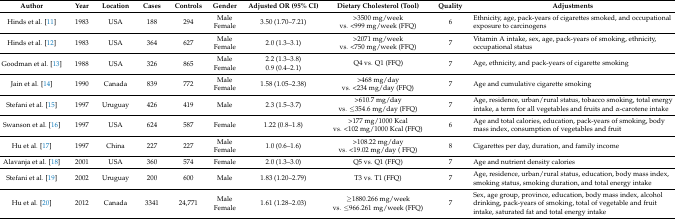
<table><thead><tr><td><b>Author</b></td><td><b>Year</b></td><td><b>Location</b></td><td><b>Cases</b></td><td><b>Controls</b></td><td><b>Gender</b></td><td><b>Adjusted OR (95% CI)</b></td><td><b>Dietary Cholesterol (Tool)</b></td><td><b>Quality</b></td><td><b>Adjustments</b></td></tr></thead><tbody><tr><td>Hinds et al. [11]</td><td>1983</td><td>USA</td><td>188</td><td>294</td><td>MaleFemale</td><td>3.50 (1.70–7.21)</td><td>&gt;3500 mg/weekvs. &lt;999 mg/week (FFQ)</td><td>6</td><td>Ethnicity, age, pack-years of cigarettes smoked, and occupational exposure to carcinogens</td></tr><tr><td>Hinds et al. [12]</td><td>1983</td><td>USA</td><td>364</td><td>627</td><td>MaleFemale</td><td>2.0 (1.3–3.1)</td><td>&gt;2071 mg/weekvs. &lt;750 mg/week (FFQ)</td><td>7</td><td>Vitamin A intake, sex, age, pack-years of smoking, ethnicity, occupational status</td></tr><tr><td rowspan="2">Goodman et al. [13]</td><td rowspan="2">1988</td><td rowspan="2">USA</td><td rowspan="2">326</td><td rowspan="2">865</td><td>Male</td><td>2.2 (1.3–3.8)</td><td rowspan="2">Q4 vs. Q1 (FFQ)</td><td rowspan="2">7</td><td rowspan="2">Age, ethnicity, and pack-years of cigarette smoking</td></tr><tr><td>Female</td><td>0.9 (0.4–2.1)</td></tr><tr><td>Jain et al. [14]</td><td>1990</td><td>Canada</td><td>839</td><td>772</td><td>MaleFemale</td><td>1.58 (1.05–2.38)</td><td>&gt;468 mg/dayvs. &lt;234 mg/day (FFQ)</td><td>7</td><td>Age and cumulative cigarette smoking</td></tr><tr><td>Stefani et al. [15]</td><td>1997</td><td>Uruguay</td><td>426</td><td>419</td><td>Male</td><td>2.3 (1.5–3.7)</td><td>&gt;610.7 mg/dayvs. ≤354.6 mg/day (FFQ)</td><td>7</td><td>Age, residence, urban/rural status, tobacco smoking, total energy intake, a term for all vegetables and fruits and α-carotene intake</td></tr><tr><td>Swanson et al. [16]</td><td>1997</td><td>USA</td><td>624</td><td>587</td><td>Female</td><td>1.22 (0.8–1.8)</td><td>&gt;177 mg/1000 Kcalvs. &lt;102 mg/1000 Kcal (FFQ)</td><td>6</td><td>Age and total calories, education, pack-years of smoking, body mass index, consumption of vegetables and fruit</td></tr><tr><td>Hu et al. [17]</td><td>1997</td><td>China</td><td>227</td><td>227</td><td>MaleFemale</td><td>1.0 (0.6–1.6)</td><td>&gt;108.22 mg/dayvs. &lt;19.02 mg/day ( FFQ)</td><td>8</td><td>Cigarettes per day, duration, and family income</td></tr><tr><td>Alavanja et al. [18]</td><td>2001</td><td>USA</td><td>360</td><td>574</td><td>Female</td><td>2.0 (1.3–3.0)</td><td>Q5 vs. Q1 (FFQ)</td><td>7</td><td>Age and nutrient density calories</td></tr><tr><td>Stefani et al. [19]</td><td>2002</td><td>Uruguay</td><td>200</td><td>600</td><td>Male</td><td>1.83 (1.20–2.79)</td><td>T3 vs. T1 (FFQ)</td><td>7</td><td>Age, residence, urban/rural status, education, body mass index, smoking status, smoking duration, and total energy intake</td></tr><tr><td>Hu et al. [20]</td><td>2012</td><td>Canada</td><td>3341</td><td>24,771</td><td>MaleFemale</td><td>1.61 (1.28–2.03)</td><td>≥1880.266 mg/weekvs. ≤966.261 mg/week (FFQ)</td><td>7</td><td>Sex, age group, province, education, body mass index, alcohol drinking, pack-years of smoking, total of vegetable and fruit intake, saturated fat and total energy intake</td></tr></tbody></table>